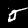
Digit: 5